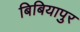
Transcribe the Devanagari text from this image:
बिबियापुर